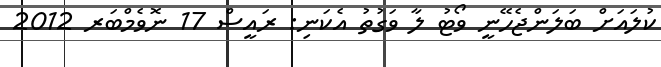
ކުލައަށް ބަލަންޖެހޭނީ ވޯޓު ލާ ވަގުތު އެކަނި: ރައީސް 17 ނޮވެމްބަރ 2012